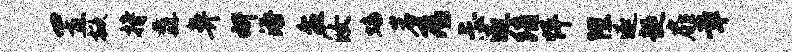
置掀持纛鼻妍添盆汝蟠岩焉忐逐绡怦隍逐超扉章